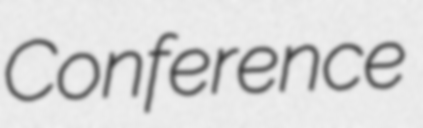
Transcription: Conference